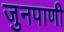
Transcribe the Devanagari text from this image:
जुनपाणी